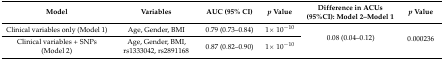
<table><thead><tr><td><b>Model</b></td><td><b>Variables</b></td><td><b>AUC (95% CI)</b></td><td><b><i>p</i> Value</b></td><td><b>Difference in ACUs (95%CI): Model 2–Model 1</b></td><td><b><i>p</i> Value</b></td></tr></thead><tbody><tr><td>Clinical variables only (Model 1)</td><td>Age, Gender, BMI</td><td>0.79 (0.73–0.84)</td><td>1× 10<sup>−10</sup></td><td rowspan="2">0.08 (0.04–0.12)</td><td rowspan="2">0.000236</td></tr><tr><td>Clinical variables + SNPs (Model 2)</td><td>Age, Gender, BMI, rs1333042, rs2891168</td><td>0.87 (0.82–0.90)</td><td>1× 10<sup>−10</sup></td></tr></tbody></table>